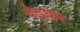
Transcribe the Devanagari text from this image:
येडकर